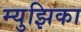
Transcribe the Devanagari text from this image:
म्युझिका